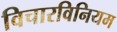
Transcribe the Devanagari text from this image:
विचारविनियम